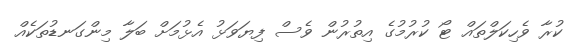
ކުރާ ވެހިކަލްތައް ޓޯ ކުރުމުގެ އިތުރުން ވެސް ފިޔަވަޅު އެޅުމަށް ބަލާ މިންގަނޑުތަކެއް